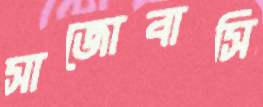
সাজোবাসি